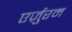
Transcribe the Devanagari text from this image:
एर्ज़ुरम